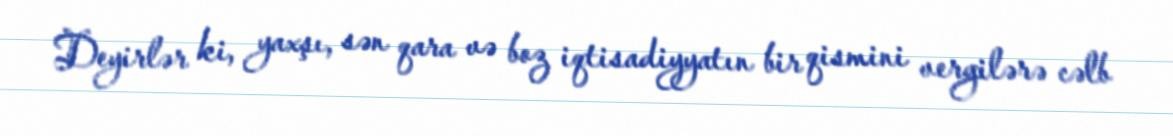
Deyirlər ki, yaxşı, sən qara və boz iqtisadiyyatın bir qismini vergilərə cəlb